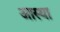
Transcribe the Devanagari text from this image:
अास्था